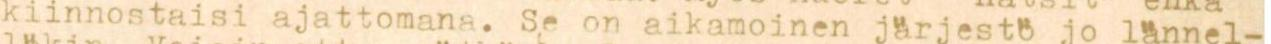
kiinnostaisi ajattomana. Se on aikamoinen järjestö jo lännel-